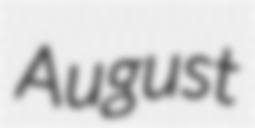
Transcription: August